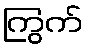
ကြွက်